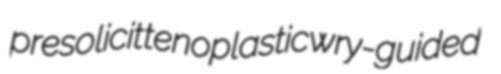
presolicit tenoplastic wry-guided